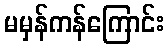
မမှန်ကန်ကြောင်း